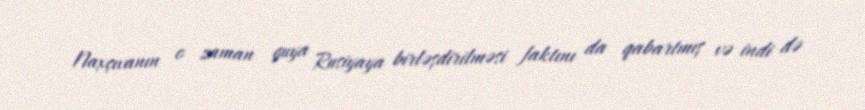
Naxçıvanın o zaman guya Rusiyaya birləşdirilməsi faktını da qabartmış və indi də